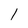
Character: 1